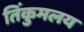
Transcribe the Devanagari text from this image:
तिंकुमलय